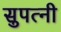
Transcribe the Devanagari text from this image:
सुपत्नी